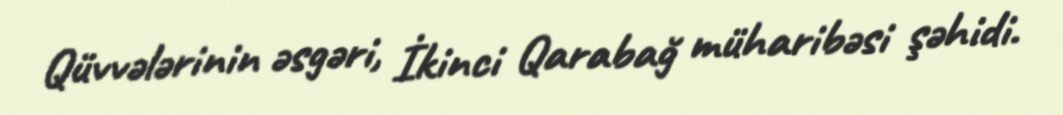
Qüvvələrinin əsgəri, İkinci Qarabağ müharibəsi şəhidi.